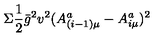
\Sigma \frac { 1 } { 2 } \bar { g } ^ { 2 } v ^ { 2 } ( A _ { ( i - 1 ) \mu } ^ { a } - A _ { i \mu } ^ { a } ) ^ { 2 }